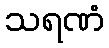
သရဏံ